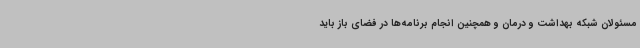
مسئولان شبکه بهداشت و درمان و همچنین انجام برنامه‌ها در فضای باز باید